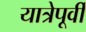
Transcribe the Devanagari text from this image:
यात्रेपूर्वी